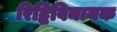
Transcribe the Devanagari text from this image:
रिद्धिविनायक